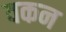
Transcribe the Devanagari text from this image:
वकन